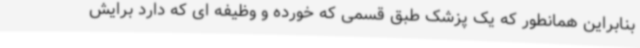
بنابراین همانطور که یک پزشک طبق قسمی که خورده و وظیفه ای که دارد برایش